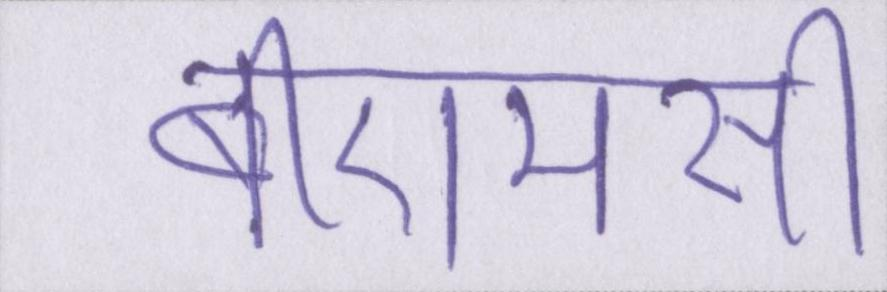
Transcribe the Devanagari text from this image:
बीएमसी